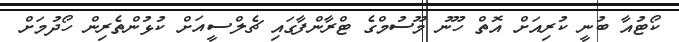
ކޯޓުއާ ބުނީ ކުރިއަށް އޮތް ހޫނު މޫސުމްގެ ޓްރާންފާގައި ޗެލްސީއަށް ކުޅުންތެރިން ހޯދުމަށް